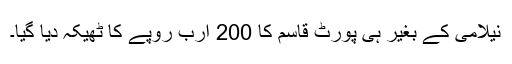
نیلامی کے بغیر ہی پورٹ قاسم کا 200 ارب روپے کا ٹھیکہ دیا گیا۔